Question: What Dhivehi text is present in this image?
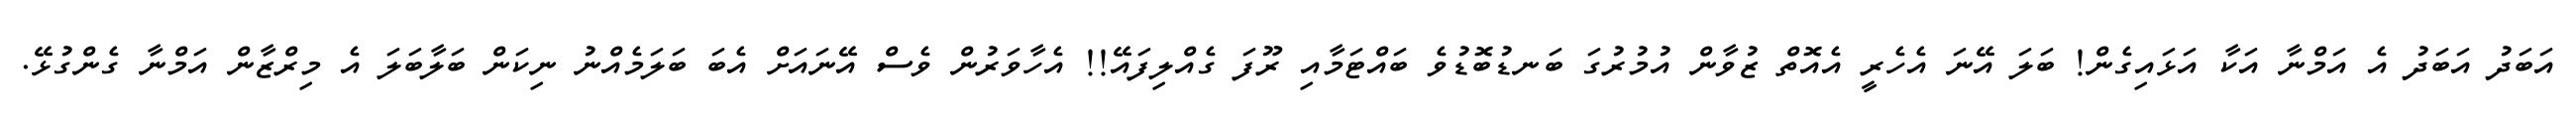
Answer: އަބަދު އަބަދު އެ އަމްނާ އަކާ އަޅައިގެން! ބަލަ އޭނަ އެހެރީ އެއޮތް ޒުވާން އުމުރުގަ ބަނޑުބޮޑުވެ ބައްޓަމާއި ރޫފަ ގެއްލިފައޭ!! އެހާވަރުން ވެސް އޭނައަށް އެބަ ބަލަމެއްނު ނިކަން ބަލާބަލަ އެ މިރްޒާން އަމްނާ ގެންގުޅޭ.